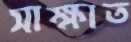
সাক্ষাত